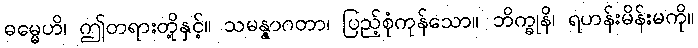
ဓမ္မေဟိ၊ ဤတရားတို့နှင့်။ သမန္နာဂတာ၊ ပြည့်စုံကုန်သော။ ဘိက္ခုနိ၊ ရဟန်းမိန်းမကို။